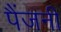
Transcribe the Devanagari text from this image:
पैंजनी